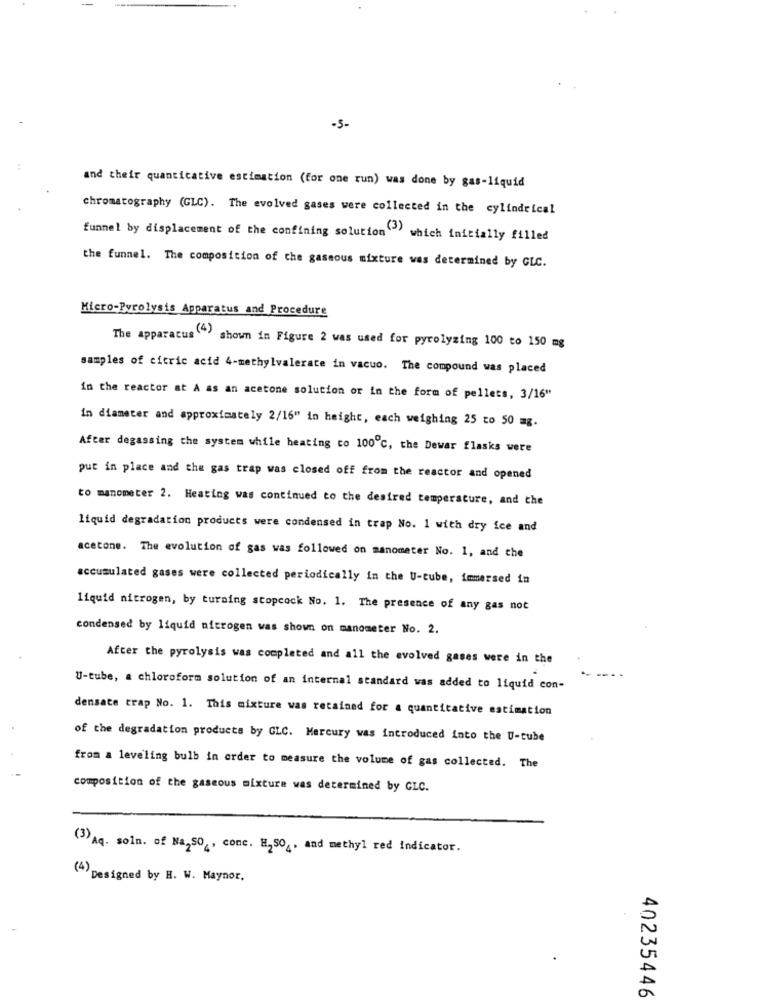
-5-
and their quanticative estimation (for one run) was done by gas-liquid
chromatography (GLC). The evolved gases were collected in the cylindrical
funnel by displacement of the confining solution"" which initially filled
the funnel. The composition of the gaseous mixture was determined by CLC.
Micro-Pyrolysis Apparatus and Procedure
The apparatus "" shown in Figure 2 was used for pyrolyzing 100 to 150 mg
samples of citric acid 4-methylvalerate in vacuo. The compound was placed
in the reactor at A as an acetone solution or in the form of pellets, 3/16"
in diameter and approximately 2/16" in height, each weighing 25 to 50 mg.
After degassing the system while heating co 100℃, the Dewar flasks were
put in place and the gas trap was closed off from the reactor and opened
to manometer 2. Heating was continued to the desired temperature, and the
liquid degradation products were condensed in trap No. 1 with dry ice and
acetone. The evolution of gas was followed on manometer No. 1, and the
accumulated gases were collected periodically in the U-tube, immersed in
liquid nitrogen, by turning stopcock No. 1. The presence of any gas not
condensed by liquid nitrogen was shown on manometer No. 2.
After the pyrolysis was completed and all the evolved gases were in the
U-tube, a chloroform solution of an internal standard was added to liquid con-
densate trap No. 1. This mixture was retained for a quantitative estimation
of the degradation products by GLC. Mercury was introduced into the U-tube
from a leveling bulb in order to measure the volume of gas collected. The
composition of the gaseous mixture was determined by GLC.
(3) Aq. soin. of Na2SO4, conc. H2SO4. and methyl red indicator.
(4) Designed by H. W. Maynor,
40235446